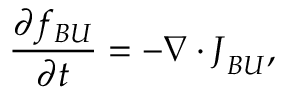
\frac { \partial f _ { B U } } { \partial t } = - \nabla \cdot \boldsymbol { J } _ { B U } ,